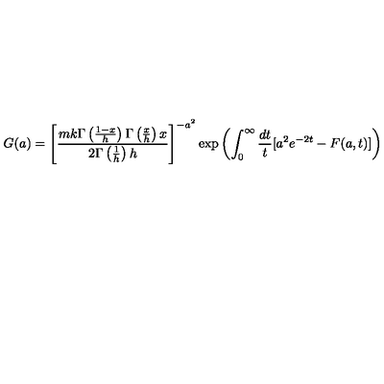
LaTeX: G ( a ) = \left[ \frac { m k \Gamma \left( \frac { 1 - x } { h } \right) \Gamma \left( \frac { x } { h } \right) x } { 2 \Gamma \left( \frac { 1 } { h } \right) h } \right] ^ { - a ^ { 2 } } \exp \left( \int _ { 0 } ^ { \infty } \frac { d t } { t } [ a ^ { 2 } e ^ { - 2 t } - F ( a , t ) ] \right)